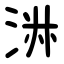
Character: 㳤